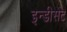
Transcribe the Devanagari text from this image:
इन्डीसेंट